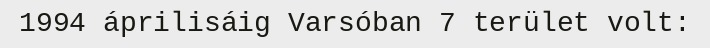
1994 áprilisáig Varsóban 7 terület volt: